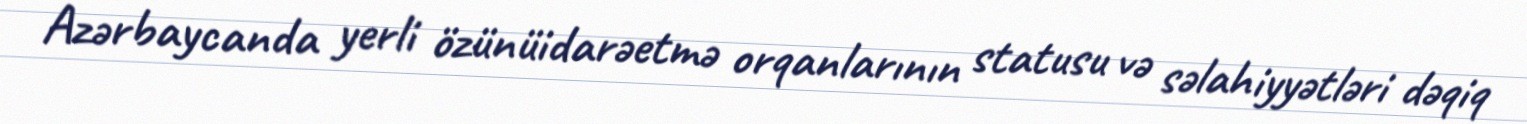
Azərbaycanda yerli özünüidarəetmə orqanlarının statusu və səlahiyyətləri dəqiq